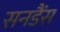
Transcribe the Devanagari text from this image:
सनडैंस